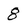
Character: 8